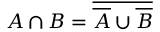
A \cap B = { \overline { { { \overline { { A } } } \cup { \overline { { B } } } } } }